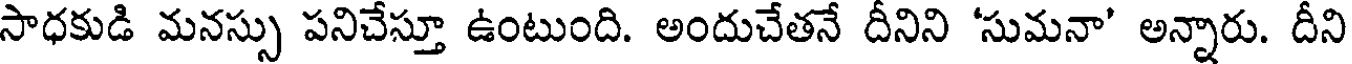
సాధకుడి మనస్సు పనిచేస్తూ ఉంటుంది. అందుచేతనే దీనిని 'సుమనా' అన్నారు. దీని